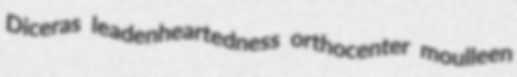
Diceras leadenheartedness orthocenter moulleen